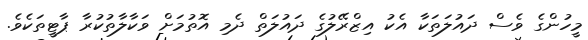
މީހުންގެ ވެސް ދައުލަތަކާ އެކު އިޒްރޭލުގެ ދައުލަތް ދެމި އޮތުމަށް ވަކާލާތުކުރާ ޕާޓީތަކެވެ.